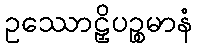
ဥဿောဠှိပဉ္စမာနံ